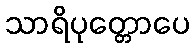
သာရိပုတ္တောပေ